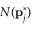
N ( \mathbf { p } _ { j } ^ { * } )